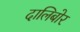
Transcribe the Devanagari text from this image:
दालिबोर